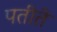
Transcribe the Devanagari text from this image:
पतीते